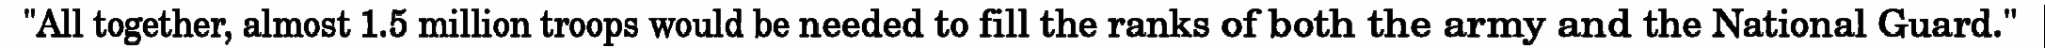
"All together, almost 1.5 million troops would be needed to fill the ranks of both the army and the National Guard."